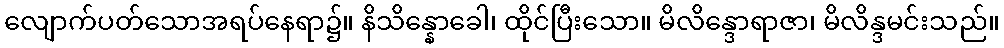
လျောက်ပတ်သောအရပ်နေရာ၌။ နိသိန္နောခေါ၊ ထိုင်ပြီးသော။ မိလိန္ဒောရာဇာ၊ မိလိန္ဒမင်းသည်။